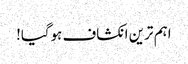
اہم ترین انکشاف ہوگیا!